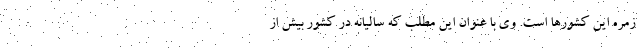
زمره این کشورها است. وی با عنوان این مطلب که سالیانه در کشور بیش از